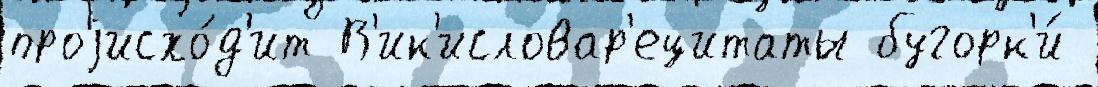
проjисхо́д'ит В'ик'исловар'ецитаты бугорк'и́